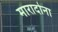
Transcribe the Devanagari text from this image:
मारादोना